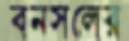
বনসলের